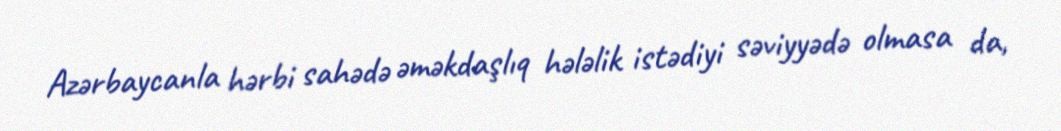
Azərbaycanla hərbi sahədə əməkdaşlıq hələlik istədiyi səviyyədə olmasa da,